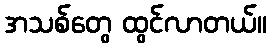
အသစ်တွေ ထွင်လာတယ်။